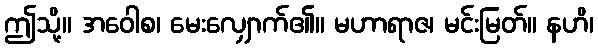
ဤသို့။ အဝေါစ၊ မေးလျှောက်၏။ မဟာရာဇ၊ မင်းမြတ်။ နဟိ၊